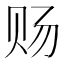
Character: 𰷟